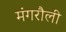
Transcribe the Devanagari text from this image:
मंगरौली